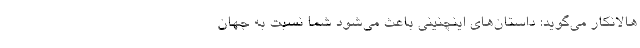
هالانکار می‌گوید: داستان‌های اینچنینی باعث می‌شود شما نسبت به جهان